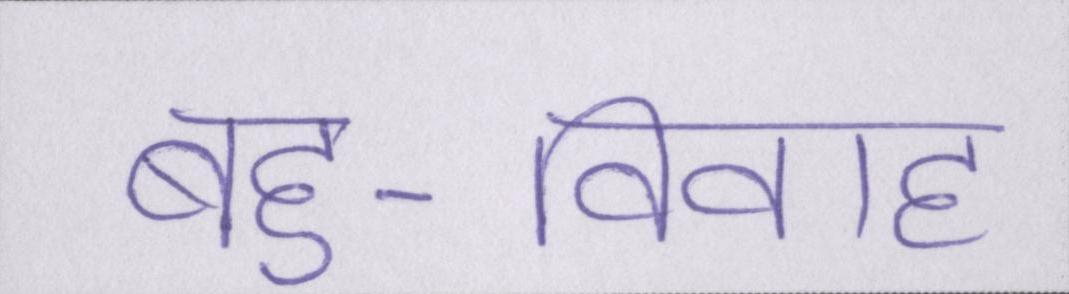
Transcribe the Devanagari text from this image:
बहु-विवाह